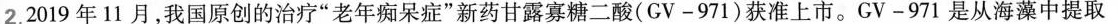
2.2019 年 11 月，我国原创的治疗“老年痴呆症”新药甘露寡糖二酸(GV-971)获准上市。GV-971是从海藻中提取